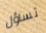
تساؤل